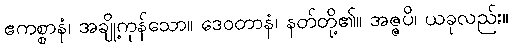
ဧကစ္စာနံ၊ အချို့ကုန်သော။ ဒေဝတာနံ၊ နတ်တို့၏။ အဇ္ဇပိ၊ ယခုလည်း။